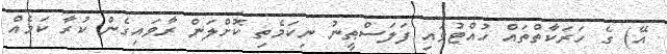
އޭ) ގެ ހަރަކާތްތައް ހުއްޓުވައި ފަލަސްޠީނު ނިކަމެތި ކޮށްލަން ރާވައިގެން ކުރާ ކަމެއް